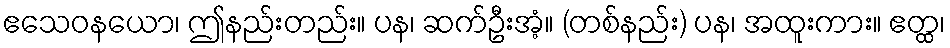
ဧသေဝနယော၊ ဤနည်းတည်း။ ပန၊ ဆက်ဦးအံ့။ (တစ်နည်း) ပန၊ အထူးကား။ ဧတ္ထ၊